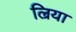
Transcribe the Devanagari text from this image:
ल्रिया